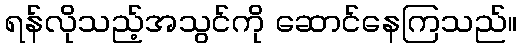
ရန်လိုသည့်အသွင်ကို ဆောင်နေကြသည်။